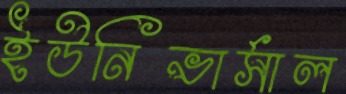
ইউনিভার্সাল